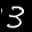
Label: 3